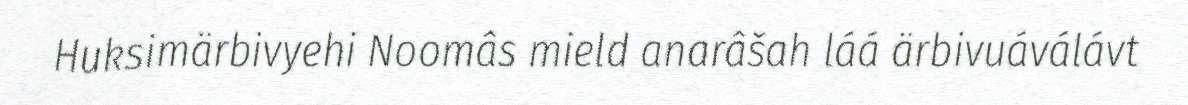
Huksimärbivyehi Noomâs mield anarâšah láá ärbivuáválávt